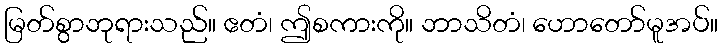
မြတ်စွာဘုရားသည်။ ဧတံ၊ ဤစကားကို။ ဘာသိတံ၊ ဟောတော်မူအပ်။